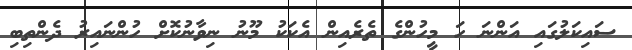
ސައިކަލުގައި އަންނަ ހަ މީހުންގެ ތެރެއިން އެކަކު މޫނު ނިވާނުކޮށް ހުންނައިރު ދެންތިބި